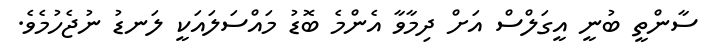
ސާންތީ ބުނީ އީގަލްސް އަށް ދިމާވާ އެންމެ ބޮޑު މައްސަލައަކީ ލަނޑު ނުޖެހުމެވެ.